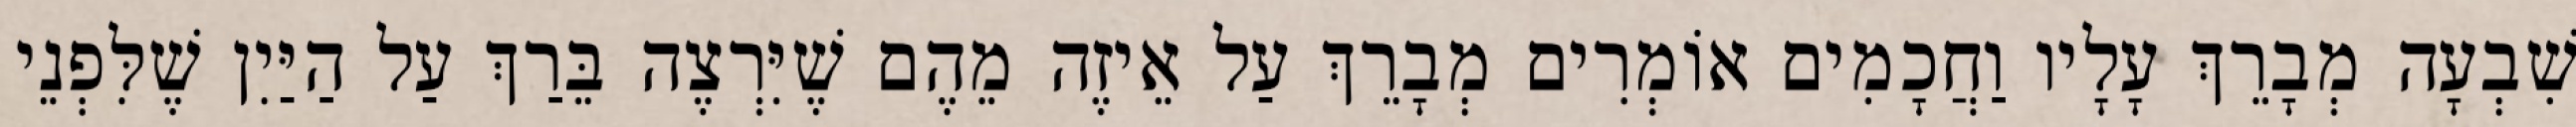
שִׁבְעָה מְבָרֵךְ עָלָיו וַחֲכָמִים אוֹמְרִים מְבָרֵךְ עַל אֵיזֶה מֵהֶם שֶׁיִּרְצֶה בֵּרַךְ עַל הַיַּיִן שֶׁלִּפְנֵי